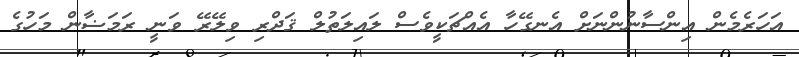
އަހަރެމެން އިންސާނުންނަށް އެނގޭހާ އެއްޗަކީވެސް ލައިލަތުލް ޤަދްރި ވިލޭރޭ ވަނީ ރަމަޟާން މަހުގެ